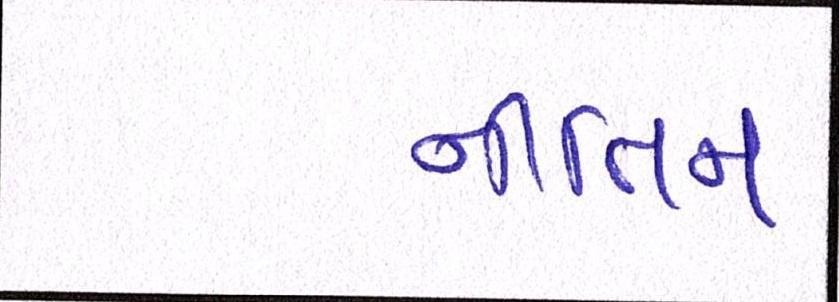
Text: નીતિન